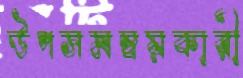
উপসমন্বয়কারী